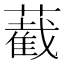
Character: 䕙